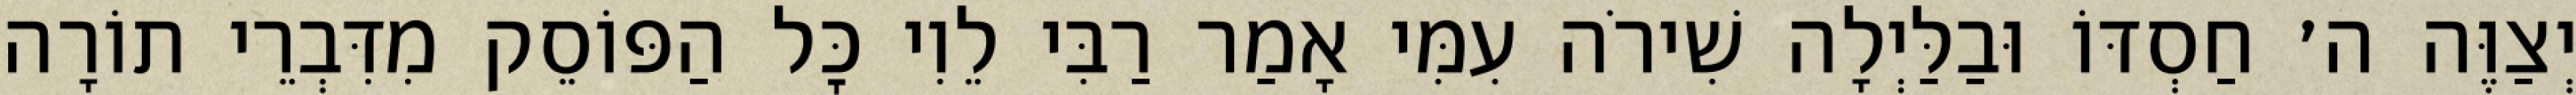
יְצַוֶּה ה׳ חַסְדּוֹ וּבַלַּיְלָה שִׁירֹה עִמִּי אָמַר רַבִּי לֵוִי כׇּל הַפּוֹסֵק מִדִּבְרֵי תוֹרָה